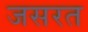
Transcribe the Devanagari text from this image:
जसरत